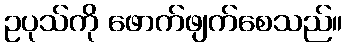
ဥပုသ်ကို ဖောက်ဖျက်စေသည်။